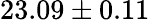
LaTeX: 23.09\pm 0.11